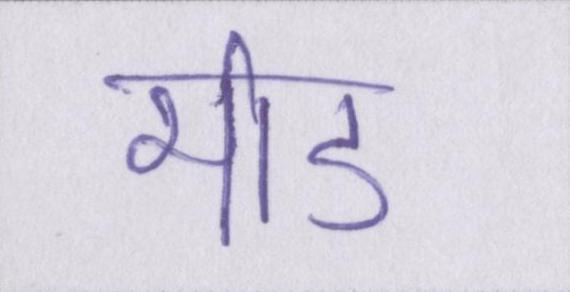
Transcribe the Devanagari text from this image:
भीड